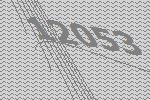
12053